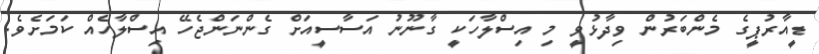
ޑީއާރުޕީގެ މެންބަރުން ވިދާޅުވީ މި އިސްލާހަކީ ގާނޫނު އަސާސީއަށް ގެންނަންޖެހޭ އިސްލާހެއް ކަމަށެވެ.